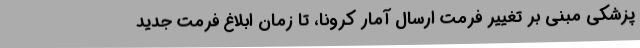
پزشکی مبنی بر تغییر فرمت ارسال آمار کرونا، تا زمان ابلاغ فرمت جدید